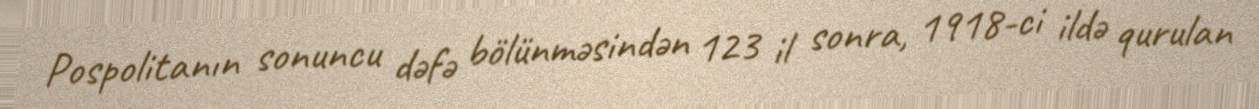
Pospolitanın sonuncu dəfə bölünməsindən 123 il sonra, 1918-ci ildə qurulan